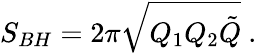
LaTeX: S_{BH}=2\pi\sqrt{Q_{1}Q_{2}\tilde{Q}}\ .